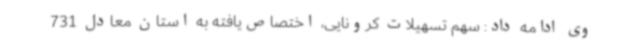
وی ادامه داد: سهم تسهیلات کرونایی، اختصاص‌یافته به استان معادل 731